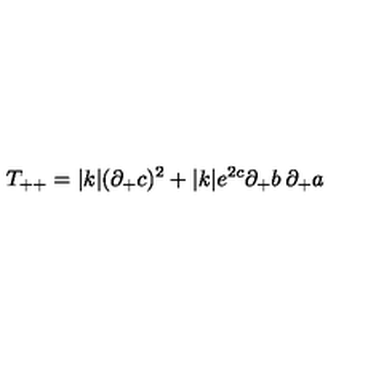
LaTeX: T _ { + + } = | k | ( \partial _ { + } c ) ^ { 2 } + | k | e ^ { 2 c } \partial _ { + } b \: \partial _ { + } a